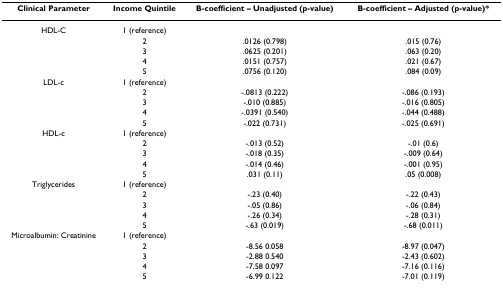
<table><thead><tr><td><b>Clinical Parameter</b></td><td><b>Income Quintile</b></td><td><b>B-coefficient – Unadjusted (p-value)</b></td><td><b>B-coefficient – Adjusted (p-value)*</b></td></tr></thead><tbody><tr><td>HDL-C</td><td>1 (reference)</td><td></td><td></td></tr><tr><td></td><td>2</td><td>.0126 (0.798)</td><td>.015 (0.76)</td></tr><tr><td></td><td>3</td><td>.0625 (0.201)</td><td>.063 (0.20)</td></tr><tr><td></td><td>4</td><td>.0151 (0.757)</td><td>.021 (0.67)</td></tr><tr><td></td><td>5</td><td>.0756 (0.120)</td><td>.084 (0.09)</td></tr><tr><td>LDL-c</td><td>1 (reference)</td><td></td><td></td></tr><tr><td></td><td>2</td><td>-.0813 (0.222)</td><td>-.086 (0.193)</td></tr><tr><td></td><td>3</td><td>-.010 (0.885)</td><td>-.016 (0.805)</td></tr><tr><td></td><td>4</td><td>-.0391 (0.540)</td><td>-.044 (0.488)</td></tr><tr><td></td><td>5</td><td>-.022 (0.731)</td><td>-.025 (0.691)</td></tr><tr><td>HDL-c</td><td>1 (reference)</td><td></td><td></td></tr><tr><td></td><td>2</td><td>-.013 (0.52)</td><td>-.01 (0.6)</td></tr><tr><td></td><td>3</td><td>-.018 (0.35)</td><td>-.009 (0.64)</td></tr><tr><td></td><td>4</td><td>-.014 (0.46)</td><td>-.001 (0.95)</td></tr><tr><td></td><td>5</td><td>.031 (0.11)</td><td>.05 (0.008)</td></tr><tr><td>Triglycerides</td><td>1 (reference)</td><td></td><td></td></tr><tr><td></td><td>2</td><td>-.23 (0.40)</td><td>-.22 (0.43)</td></tr><tr><td></td><td>3</td><td>-.05 (0.86)</td><td>-.06 (0.84)</td></tr><tr><td></td><td>4</td><td>-.26 (0.34)</td><td>-.28 (0.31)</td></tr><tr><td></td><td>5</td><td>-.63 (0.019)</td><td>-.68 (0.011)</td></tr><tr><td>Microalbumin: Creatinine</td><td>1 (reference)</td><td></td><td></td></tr><tr><td></td><td>2</td><td>-8.56 0.058</td><td>-8.97 (0.047)</td></tr><tr><td></td><td>3</td><td>-2.88 0.540</td><td>-2.43 (0.602)</td></tr><tr><td></td><td>4</td><td>-7.58 0.097</td><td>-7.16 (0.116)</td></tr><tr><td></td><td>5</td><td>-6.99 0.122</td><td>-7.01 (0.119)</td></tr></tbody></table>